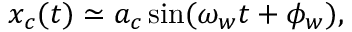
\begin{array} { r } { x _ { c } ( t ) \simeq a _ { c } \sin ( \omega _ { w } t + \phi _ { w } ) \mathrm { , } } \end{array}